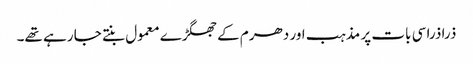
ذرا ذرا سی بات پر مذہب اور دھرم کے جھگڑے معمول بنتے جا رہے تھے۔